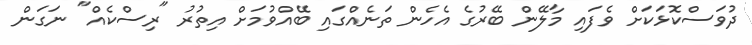
ދުވަސްކޮޅަކަށް ވެފައި މާލޭން ބޭރުގެ އެހެން ތަނެއްގައި ބޭއްވުމަށް އިތުރު "ރިސްކެއް" ނަގަން